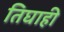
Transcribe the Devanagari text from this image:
तिघाही